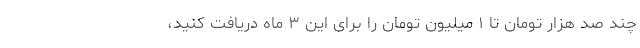
چند صد هزار تومان تا ۱ میلیون تومان را برای این ۳ ماه دریافت کنید،